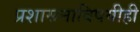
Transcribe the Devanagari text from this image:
प्रशासनाविषयीही